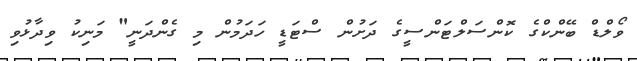
ވޯލްޑް ބޭންކްގެ ކޮންސަލްޓަންސީގެ ދަށުން ސްޓަޑީ ހަދަމުން މި ގެންދަނީ" މަނިކު ވިދާޅުވި